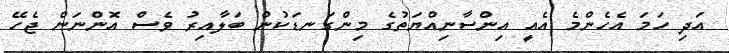
އަދި ހަމަ އެހެންމެ އެއީ އިންސާނިއްޔަތުގެ މިންގަނޑަކުން ބަލާއިރު ވެސް އޮންނަން ޖެހޭ